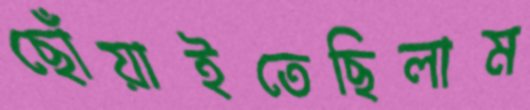
ছোঁয়াইতেছিলাম